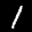
Label: 1